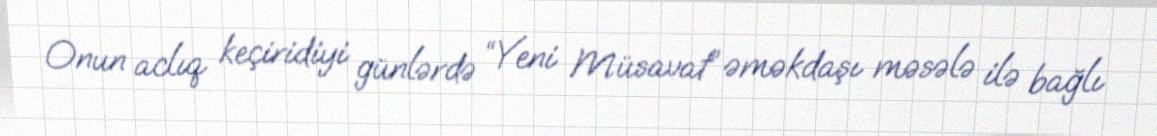
Onun aclıq keçiridiyi günlərdə “Yeni Müsavat” əməkdaşı məsələ ilə bağlı